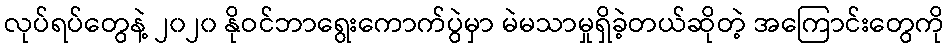
လုပ်ရပ်တွေနဲ့ ၂၀၂၀ နိုဝင်ဘာရွေးကောက်ပွဲမှာ မဲမသာမှုရှိခဲ့တယ်ဆိုတဲ့ အကြောင်းတွေကို